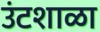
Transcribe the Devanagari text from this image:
उंटशाळा